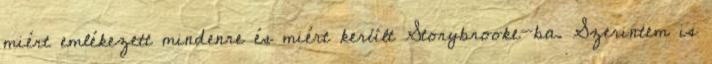
miért emlékezett mindenre és miért került Storybrooke-ba. Szerintem is